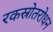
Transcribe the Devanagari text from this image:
रकस्रोतरोधन